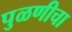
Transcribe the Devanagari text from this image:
पुळणीचा